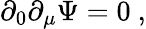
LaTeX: \partial_{0}\partial_{\mu}\Psi=0\ ,